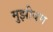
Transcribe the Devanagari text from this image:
मुझीयम